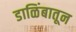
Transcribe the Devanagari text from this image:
डाळिंबातून